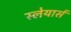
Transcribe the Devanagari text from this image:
स्लेयार्स